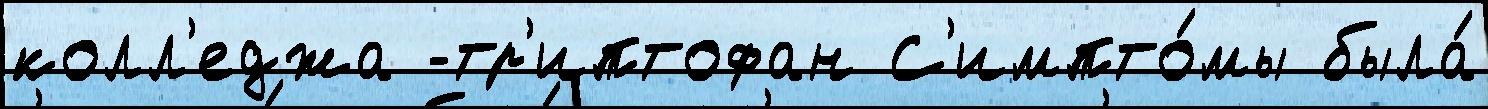
колл'еджа -тр'иптофан С'импто́мы была́